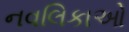
નવલિકાઓ